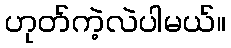
ဟုတ်ကဲ့လဲပါမယ်။